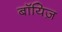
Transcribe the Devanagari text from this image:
बॉयिज़